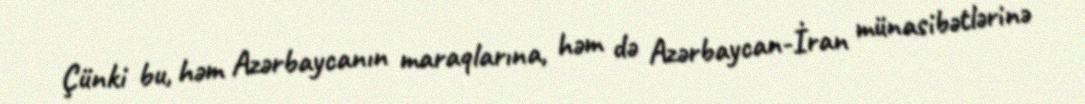
Çünki bu, həm Azərbaycanın maraqlarına, həm də Azərbaycan-İran münasibətlərinə